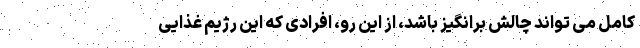
کامل می تواند چالش برانگیز باشد، از این رو، افرادی که این رژیم غذایی